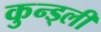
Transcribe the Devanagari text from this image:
कुन्ड्ली